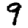
Digit: 9